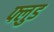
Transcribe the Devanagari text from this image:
फ्लुड